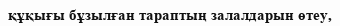
құқығы бұзылған тараптың залалдарын өтеу,